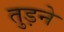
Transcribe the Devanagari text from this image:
तुड़ने